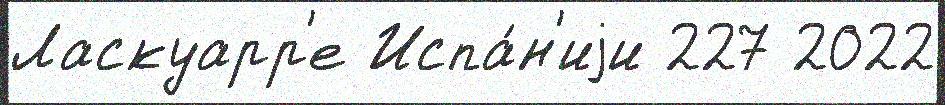
Ласкуарр'е Испа́н'иjи 227 2022